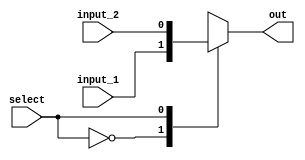
`timescale 1ns/1ps


module multiplexer_with_case (
    input_1,    // mux inputs
    input_2,    // mux inputs
    select,     // mux select
    out         // mux output
    );

input input_1, input_2, select; 
output out; 
reg out;

always @(input_1 or input_2 or select) 
    begin: MUX
        case (select)                                // case statement
            2'b0: out = input_1;                    // if select is 0, input_1 will connect to the output
            2'b1: out = input_2;                   // if select is 1, input_2 will connect to the output
        endcase
    end
endmodule